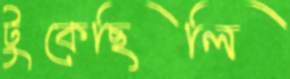
টুকেছিলি